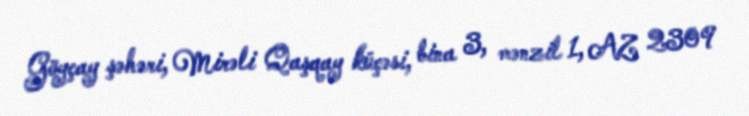
Göyçay şəhəri, Mirəli Qaşqay küçəsi, bina 3, mənzil 1, AZ 2309